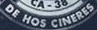
DE HOS CINERES